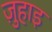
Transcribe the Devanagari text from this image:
ज़ुहाइ